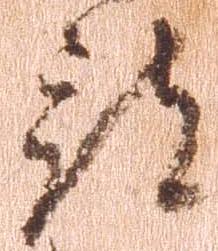
被